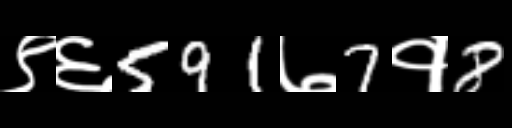
Text: ९६591७7१8